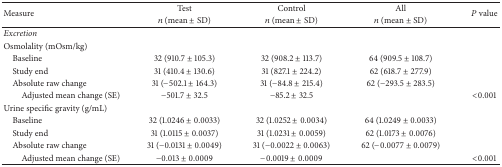
<table><thead><tr><td rowspan="2"><b>Measure</b></td><td><b>Test</b></td><td><b>Control</b></td><td><b>All</b></td><td rowspan="2"><b><i>P</i> value</b></td></tr><tr><td><b><i>n</i> (mean ± SD)</b></td><td><b><i>n</i> (mean ± SD)</b></td><td><b><i>n</i> (mean ± SD)</b></td></tr></thead><tbody><tr><td><i>Excretion </i></td><td> </td><td> </td><td> </td><td> </td></tr><tr><td>Osmolality (mOsm/kg)</td><td> </td><td> </td><td> </td><td> </td></tr><tr><td> Baseline</td><td>32 (910.7 ± 105.3)</td><td>32 (908.2 ± 113.7)</td><td>64 (909.5 ± 108.7)</td><td> </td></tr><tr><td> Study end</td><td>31 (410.4 ± 130.6)</td><td>31 (827.1 ± 224.2)</td><td>62 (618.7 ± 277.9)</td><td> </td></tr><tr><td> Absolute raw change</td><td>31 (−502.1 ± 164.3)</td><td>31 (−84.8 ± 215.4)</td><td>62 (−293.5 ± 283.5)</td><td> </td></tr><tr><td>Adjusted mean change (SE)</td><td>−501.7 ± 32.5</td><td>−85.2 ± 32.5</td><td> </td><td>&lt;0.001</td></tr><tr><td>Urine specific gravity (g/mL)</td><td> </td><td> </td><td> </td><td> </td></tr><tr><td> Baseline</td><td>32 (1.0246 ± 0.0033)</td><td>32 (1.0252 ± 0.0034)</td><td>64 (1.0249 ± 0.0033)</td><td> </td></tr><tr><td> Study end</td><td>31 (1.0115 ± 0.0037)</td><td>31 (1.0231 ± 0.0059)</td><td>62 (1.0173 ± 0.0076)</td><td> </td></tr><tr><td> Absolute raw change</td><td>31 (−0.0131 ± 0.0049)</td><td>31 (−0.0022 ± 0.0063)</td><td>62 (−0.0077 ± 0.0079)</td><td> </td></tr><tr><td>Adjusted mean change (SE)</td><td>−0.013 ± 0.0009</td><td>−0.0019 ± 0.0009</td><td> </td><td>&lt;0.001</td></tr></tbody></table>